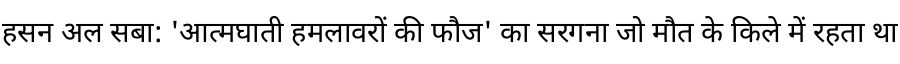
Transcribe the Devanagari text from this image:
हसन अल सबा: 'आत्मघाती हमलावरों की फौज' का सरगना जो मौत के किले में रहता था